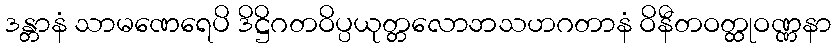
ဒန္တာနံ သာမဏေရေပိ ဒိဋ္ဌိဂတဝိပ္ပယုတ္တလောဘသဟဂတာနံ ဝိနီတဝတ္ထုဝဏ္ဏနာ